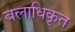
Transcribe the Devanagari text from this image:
बलाधिकृत